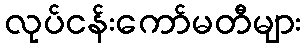
လုပ်ငန်းကော်မတီများ